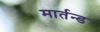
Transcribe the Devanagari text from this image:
मार्तन्ड